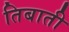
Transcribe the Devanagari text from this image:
तिबाती